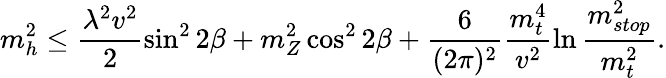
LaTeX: m_{h}^{2}\leq\frac{\lambda^{2}v^{2}}{2}\sin^{2}{2\beta}+m_{Z}^{2}\cos^{2}{2\beta}+\frac{6}{(2\pi)^{2}}\frac{m_{t}^{4}}{v^{2}}\ln{\frac{m_{stop}^{2}}{m_{t}^{2}}}.